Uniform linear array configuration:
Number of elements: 32
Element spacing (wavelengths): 0.25
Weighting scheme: blackman
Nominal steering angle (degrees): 0
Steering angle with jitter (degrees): -1.995
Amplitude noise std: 0.05
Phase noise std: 0.05

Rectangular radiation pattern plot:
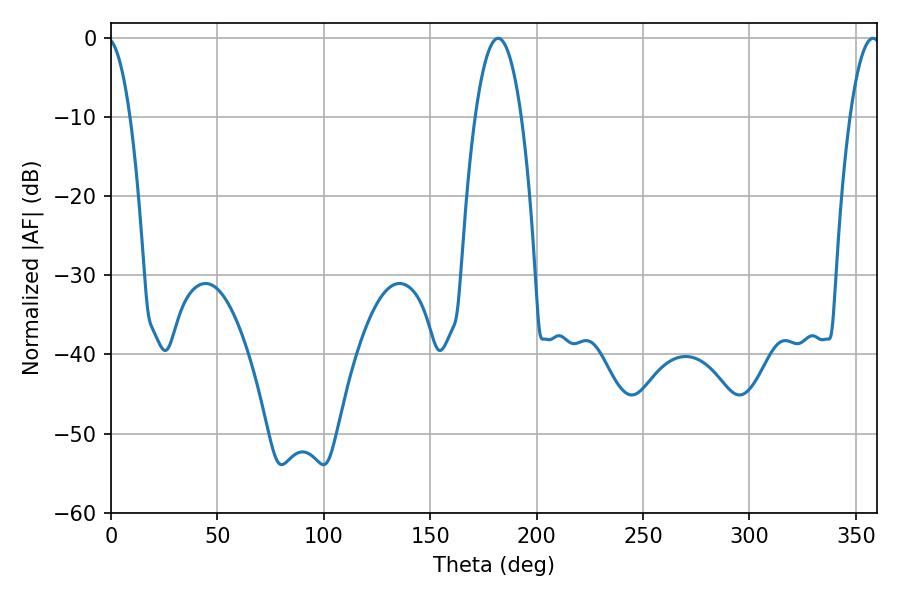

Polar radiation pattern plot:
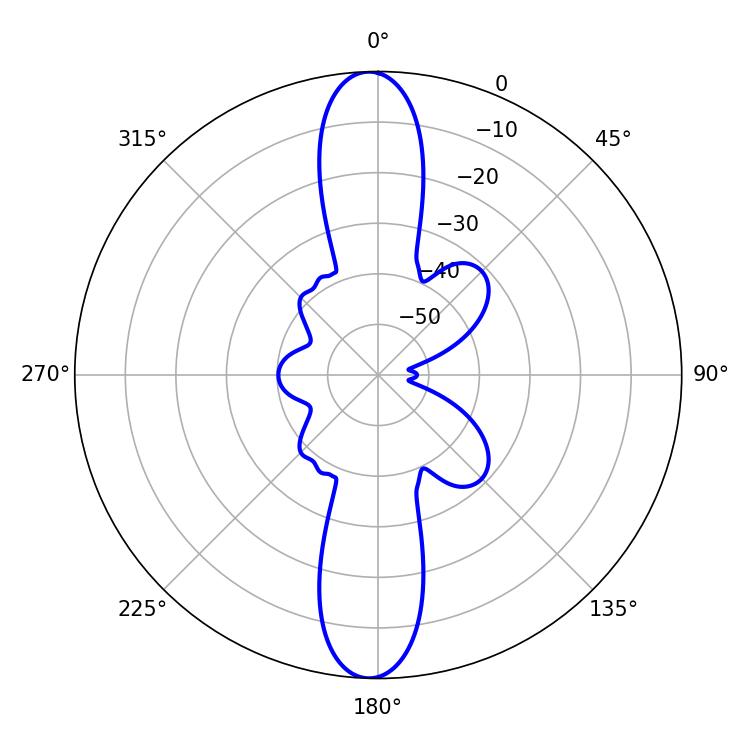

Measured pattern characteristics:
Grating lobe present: FALSE
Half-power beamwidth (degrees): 12.06
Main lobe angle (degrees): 181.98